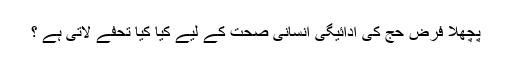
پچھلا فرض حج کی ادائیگی انسانی صحت کے لیے کیا کیا تحفے لاتی ہے ؟